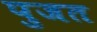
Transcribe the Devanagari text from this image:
पुजत